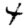
Digit: 4